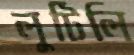
লুটিলি